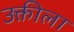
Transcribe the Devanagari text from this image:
उक्तीला